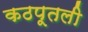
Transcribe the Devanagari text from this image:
कठपूतली